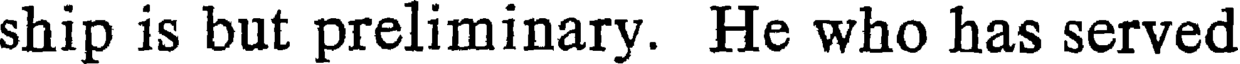
ship is but preliminary. He who has served